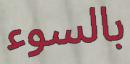
بالسوء